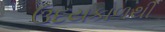
ઉદયકાળથી